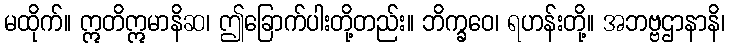
မထိုက်။ ဣတိဣမာနိဆ၊ ဤခြောက်ပါးတို့တည်း။ ဘိက္ခဝေ၊ ရဟန်းတို့။ အဘဗ္ဗဌာနာနိ၊